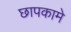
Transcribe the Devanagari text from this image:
छापकामे